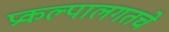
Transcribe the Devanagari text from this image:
प्रकल्पालगतचे